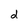
Character: d